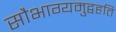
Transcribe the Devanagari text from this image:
सौभाग्यमुद्वहति